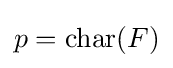
p=\operatorname {char} (F)